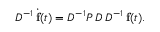
D ^ { - 1 } \, \dot { \mathbf { f } } ( t ) = D ^ { - 1 } P \, D \, D ^ { - 1 } \, \mathbf { f } ( t ) .